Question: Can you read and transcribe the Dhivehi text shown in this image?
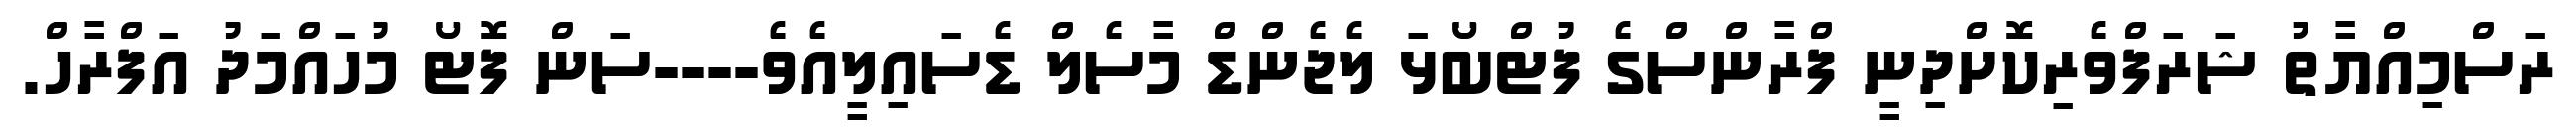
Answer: ރަސްމިއްޔާތު ޝަރަފްވެރިކޮށްދިނީ ފްރާންސްގެ ފުޓްބޯޅަ ލެޖެންޑް މާސެލް ޑެސައިލީއެވެ----ސަން ފޮޓޯ މުހައްމަދު އަފްރާހް.